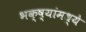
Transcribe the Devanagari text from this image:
भक्ष्यांमध्ये